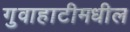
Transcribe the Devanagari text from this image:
गुवाहाटीमधील